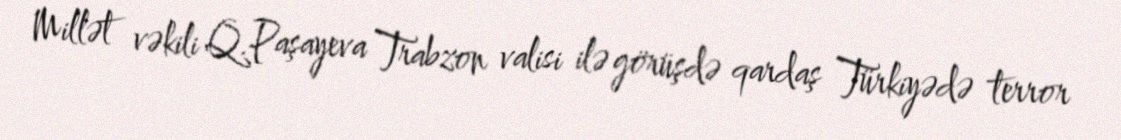
Millət vəkili Q.Paşayeva Trabzon valisi ilə görüşdə qardaş Türkiyədə terror